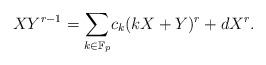
LaTeX: \begin{align*} XY^{r-1}=\underset{k\in\mathbb{F}_p}\sum c_k(kX+Y)^r +dX^r. \end{align*}